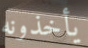
يأخذونه